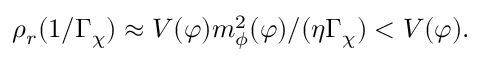
\rho _ { r } ( 1 / \Gamma _ { \chi } ) \approx V ( \varphi ) m _ { \phi } ^ { 2 } ( \varphi ) / ( \eta \Gamma _ { \chi } ) < V ( \varphi ) .